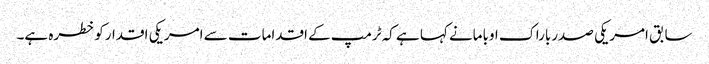
سابق امریکی صدرباراک اوبامانے کہا ہے کہ ٹرمپ کے اقدامات سے امریکی اقدارکوخطرہ ہے۔